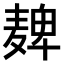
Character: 𫜔